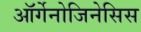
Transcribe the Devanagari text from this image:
ऑर्गेनोजिनेसिस